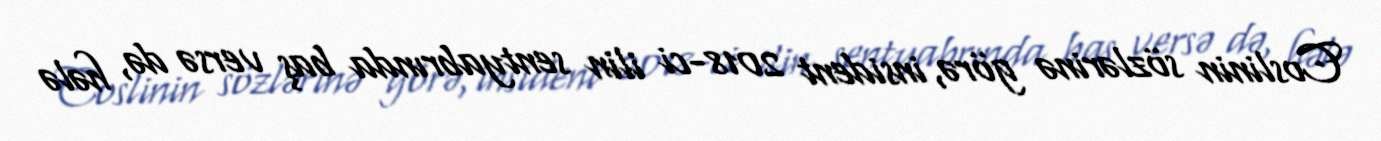
Coslinin sözlərinə görə, insident 2018-ci ilin sentyabrında baş versə də, hələ